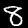
Label: 8